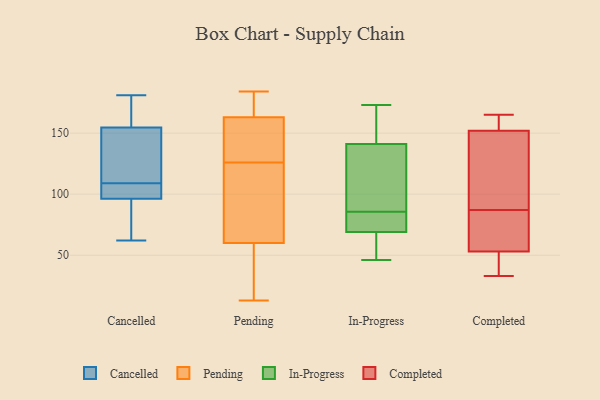
{"axis": {"x": "Churn Rate (%)", "y": "Value"}, "legend": ["Cancelled", "Completed", "In-Progress", "Pending"], "data": [{"x": "", "y": 153, "type": "Cancelled"}, {"x": "", "y": 163, "type": "Cancelled"}, {"x": "", "y": 62, "type": "Cancelled"}, {"x": "", "y": 108, "type": "Cancelled"}, {"x": "", "y": 106, "type": "Cancelled"}, {"x": "", "y": 93, "type": "Cancelled"}, {"x": "", "y": 155, "type": "Cancelled"}, {"x": "", "y": 122, "type": "Cancelled"}, {"x": "", "y": 78, "type": "Cancelled"}, {"x": "", "y": 109, "type": "Cancelled"}, {"x": "", "y": 181, "type": "Cancelled"}, {"x": "", "y": 13, "type": "Pending"}, {"x": "", "y": 163, "type": "Pending"}, {"x": "", "y": 60, "type": "Pending"}, {"x": "", "y": 92, "type": "Pending"}, {"x": "", "y": 155, "type": "Pending"}, {"x": "", "y": 46, "type": "Pending"}, {"x": "", "y": 51, "type": "Pending"}, {"x": "", "y": 117, "type": "Pending"}, {"x": "", "y": 138, "type": "Pending"}, {"x": "", "y": 96, "type": "Pending"}, {"x": "", "y": 135, "type": "Pending"}, {"x": "", "y": 170, "type": "Pending"}, {"x": "", "y": 184, "type": "Pending"}, {"x": "", "y": 169, "type": "Pending"}, {"x": "", "y": 141, "type": "In-Progress"}, {"x": "", "y": 69, "type": "In-Progress"}, {"x": "", "y": 87, "type": "In-Progress"}, {"x": "", "y": 68, "type": "In-Progress"}, {"x": "", "y": 173, "type": "In-Progress"}, {"x": "", "y": 143, "type": "In-Progress"}, {"x": "", "y": 84, "type": "In-Progress"}, {"x": "", "y": 46, "type": "In-Progress"}, {"x": "", "y": 75, "type": "In-Progress"}, {"x": "", "y": 91, "type": "In-Progress"}, {"x": "", "y": 58, "type": "Completed"}, {"x": "", "y": 77, "type": "Completed"}, {"x": "", "y": 100, "type": "Completed"}, {"x": "", "y": 144, "type": "Completed"}, {"x": "", "y": 50, "type": "Completed"}, {"x": "", "y": 37, "type": "Completed"}, {"x": "", "y": 156, "type": "Completed"}, {"x": "", "y": 138, "type": "Completed"}, {"x": "", "y": 157, "type": "Completed"}, {"x": "", "y": 55, "type": "Completed"}, {"x": "", "y": 43, "type": "Completed"}, {"x": "", "y": 78, "type": "Completed"}, {"x": "", "y": 159, "type": "Completed"}, {"x": "", "y": 33, "type": "Completed"}, {"x": "", "y": 165, "type": "Completed"}, {"x": "", "y": 53, "type": "Completed"}, {"x": "", "y": 96, "type": "Completed"}, {"x": "", "y": 152, "type": "Completed"}]}